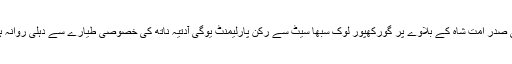
بی جے پی صدر امت شاہ کے بلاوے پر گورکھپور لوک سبھا سیٹ سے رکن پارلیمنٹ یوگی آدتیہ ناتھ کی خصوصی طیارے سے دہلی روانہ ہوگئے ہیں۔